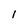
Character: 1